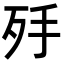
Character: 𣧙